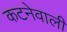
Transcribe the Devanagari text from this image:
कटनेवाली